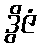
ဒွိဇံ